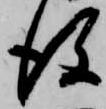
後